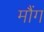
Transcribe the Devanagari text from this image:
मौंग